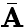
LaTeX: \bar{\mathbf{A}}